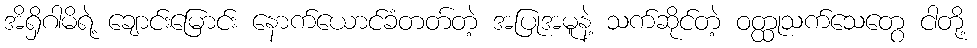
အိရှိဂါမိရဲ့ ချောင်းမြောင်း နောက်ယောင်ခံတတ်တဲ့ အပြုအမူနဲ့ သက်ဆိုင်တဲ့ ဝတ္ထုသက်သေတွေ ငါတို့